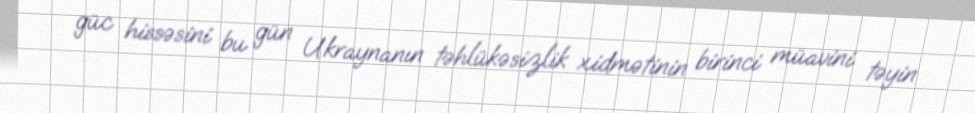
güc hissəsini bu gün Ukraynanın təhlükəsizlik xidmətinin birinci müavini təyin